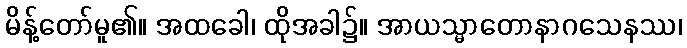
မိန့်တော်မူ၏။ အထခေါ၊ ထိုအခါ၌။ အာယသ္မာတောနာဂသေနဿ၊